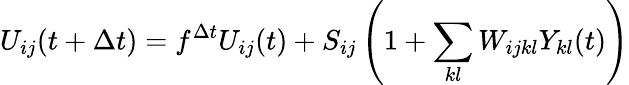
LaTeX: U_{ij}(t+\Delta t)=f^{\Delta t}U_{ij}(t)+S_{ij}\left(1+\sum_{kl}W_{ijkl}Y_{kl}(t)\right)